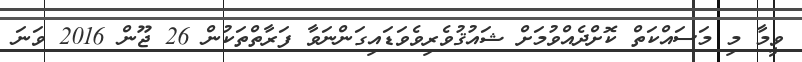
ވީމާ މި މަސައްކަތް ކޮށްދެއްވުމަށް ޝައުޤުވެރިވެވަޑައިގަންނަވާ ފަރާތްތަކުން 26 ޖޫން 2016 ވަނަ